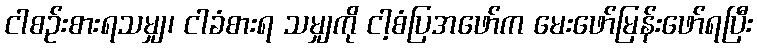
ငါစဉ်းစားရသမျှ၊ ငါခံစားရ သမျှကို ငါ့စံပြအဖော်က မေးဖော်မြန်းဖော်ရပြီး